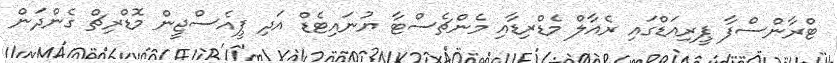
ޓްރާންސްފާ ޕީރިއަޑްގައި ރެއާލް މެޑްރިޑާއި މެންޗެސްޓާ ޔުނައިޓެޑް އަދި ޕީއެސްޖީން މޮޑްރިޗް ގެންދަން